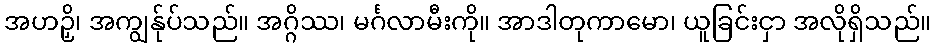
အဟဉှိ၊ အကျွန်ုပ်သည်။ အဂ္ဂိဿ၊ မင်္ဂလာမီးကို။ အာဒါတုကာမော၊ ယူခြင်းငှာ အလိုရှိသည်။